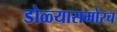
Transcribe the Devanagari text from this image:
डोळ्यासमोरच